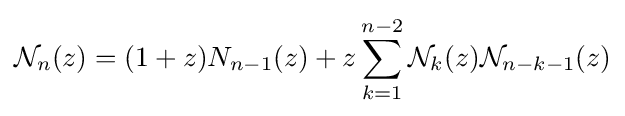
{\mathcal {N}}_{n}(z)=(1+z)N_{n-1}(z)+z\sum _{k=1}^{n-2}{\mathcal {N}}_{k}(z){\mathcal {N}}_{n-k-1}(z)